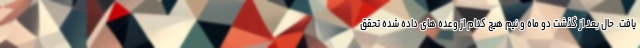
یافت. حال بعد از گذشت دو ماه و نیم هیچ کدام از وعده های داده شده تحقق